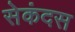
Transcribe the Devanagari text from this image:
सेकंदस